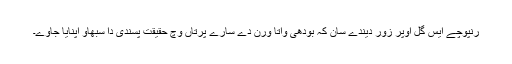
رنپوچے ایس گل اوپر زور دیندے سان کہ بودھی واتا ورن دے سارے پرتاں وچ حقیقت پسندی دا سبھاو اپنایا جاوے۔